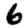
Digit: 6